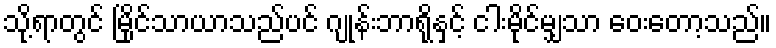
သို့ရာတွင် မြိုင်သာယာသည်ပင် ဂျုန်းဘာရိုနှင့် ငါးမိုင်မျှသာ ဝေးတော့သည်။